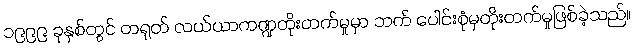
၁၉၉၉ ခုနှစ်တွင် တရုတ် လယ်ယာကဏ္ဍတိုးတက်မှုမှာ ဘက် ပေါင်းစုံမှတိုးတက်မှုဖြစ်ခဲ့သည်။